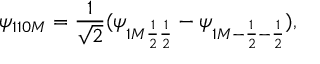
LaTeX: \psi _ { 1 1 0 M } = { \frac { 1 } { \sqrt { 2 } } } ( \psi _ { 1 M { \frac { 1 } { 2 } } { \frac { 1 } { 2 } } } - \psi _ { 1 M - { \frac { 1 } { 2 } } - { \frac { 1 } { 2 } } } ) ,